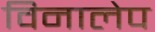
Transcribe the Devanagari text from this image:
विनालेप